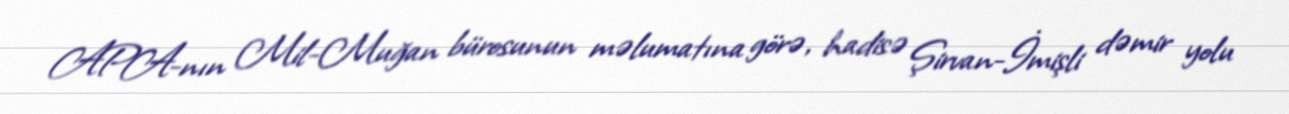
APA-nın Mil-Muğan bürosunun məlumatına görə, hadisə Şirvan-İmişli dəmir yolu